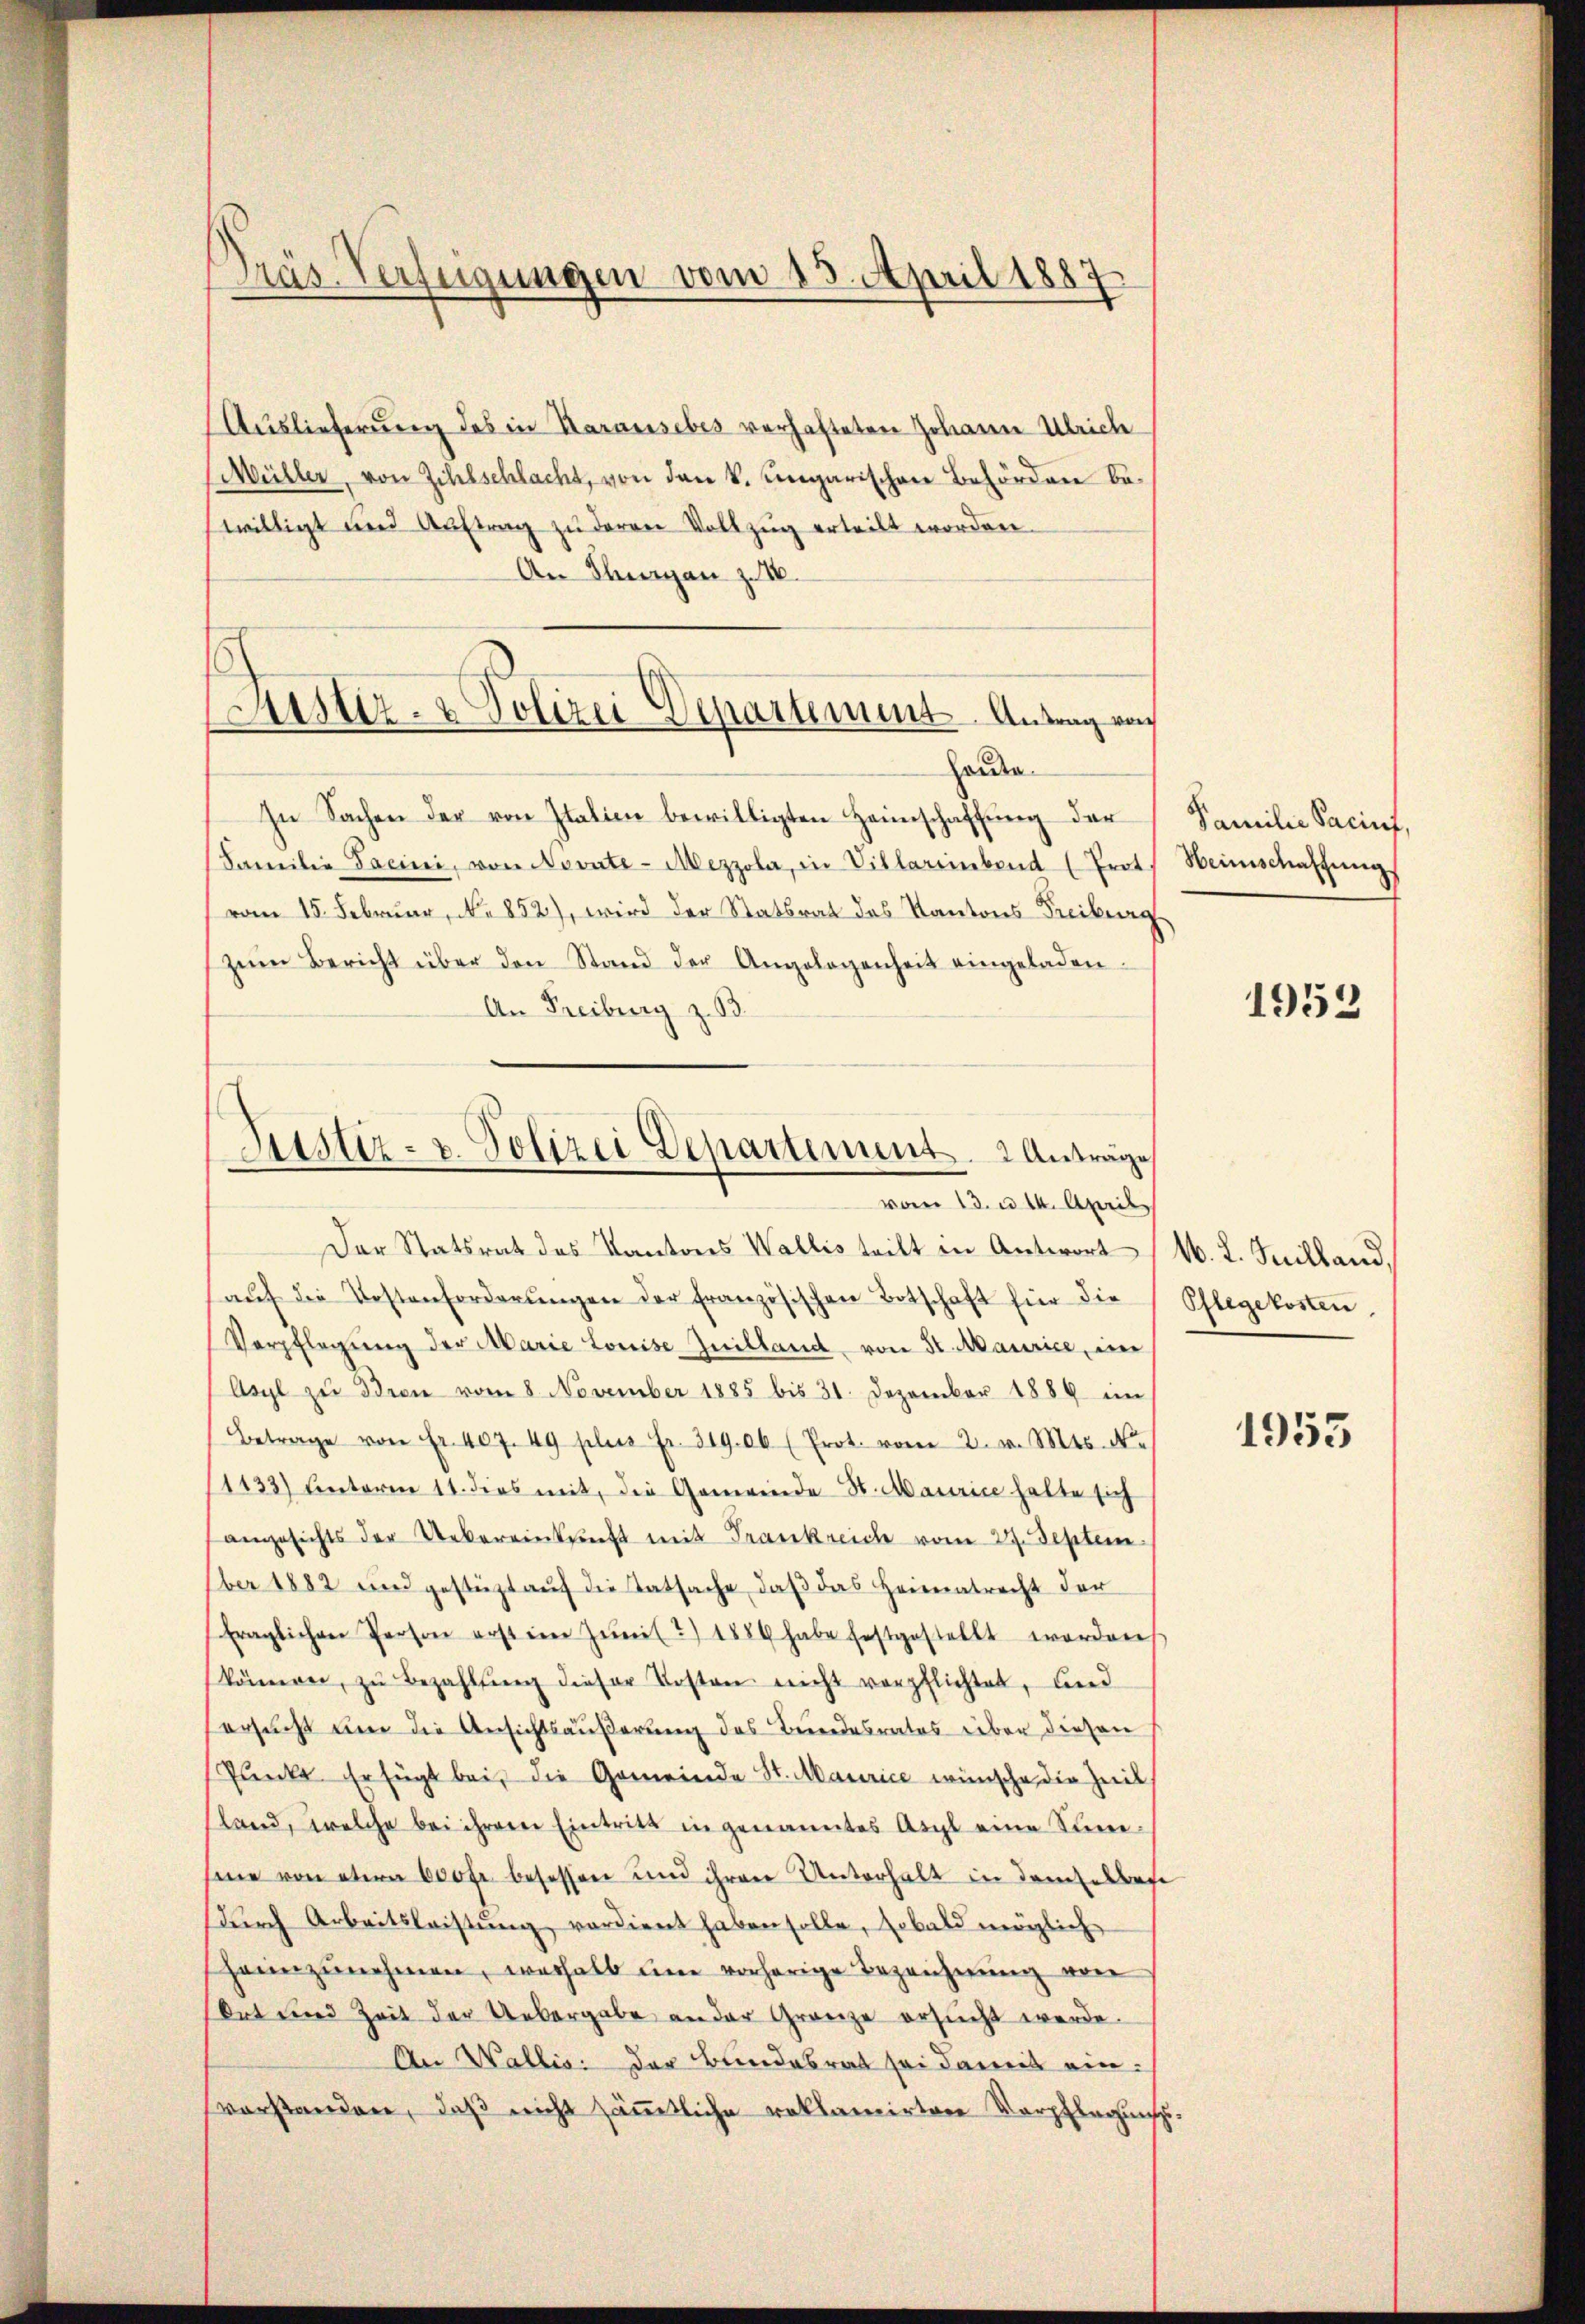
Dräs-Verfügungen vom 13. April 1887

Justiz- & Polizei-Departement. Antrag von
Hause.

Justiz- u. Polizei Departement. 2 Anträge
vom 13. u. 14. April

Auslieferung des in Karausebes verhafteten Johann Ulrich
Müller, von Zihlschlacht, von den k. Ungarischen Behörden bewilligt und Aŭftrag zŭ deren Vollzug erteilt worden.
An Thurgau z.
In Sachen der von Italien bewilligten Heimschaffung der
Familie Tacini, von Novate-Mezzola, in Villareinband (Trot.
vom 15. Februar, No 852), wird der Statsrat des Kantons Freiburg
zŭm Bericht über den Stand der Angelogenheit eingeladen.
An Freiburg z. B.
Der Statsrat des Kantons Wallis teilt in Antwort
aŭf die Kostenforderŭngen der französischen Botschaft für die
Verpflegŭng der Marie Louise Guilland von St. Maurice, im
Asyl zŭ Dion vom 8. November 1885 bis 31. Dezember 1889 im
Betrage von Fr. 407. 49 plus Fr. 319.06 (Prot. vom 2. v. Mts. No
(1133) unterm 11. dies mit, die Gemeinde St. Maurice halte sich
angesichts der Uebereinkunft mit Frankreich vom 27. Septem
ber 1882 und gestützt aŭf die Tatsache, daβ das Heimatrecht der
fraglichen Person erst im Zŭmit?) 1889 habe festgestellt worden
können, zŭ bezahlung dieser Kosten nicht verpflichtet, und
ersucht um die Ansichtsäußerung des Bundesrates über diesen
Plnke. Er fügt bei, die Gemeinde St. Maurice wünsche die Zeit
land, welche bei ihrem Eintritt in genanntes Arzt eine Sumsine von etwa 600fr. besessen und ihren Unterhalt in demselbes
dŭrch Arbeitsleistŭng verdient haben solle, sobald möglich
hannzunehmen, weshalb eine vorherige Bezeichnung von
Ort und Zeit der Uebergabe an der Gränze ersucht werde.
An Wallis der Bundesrat sei damit einvorstandere, daß nicht sämmtliche reklamirtere Verpflegung

Familie Paciuf,
Heimschaffŭng

1952

M. L. Juilland,
Pflegekosten.

1953